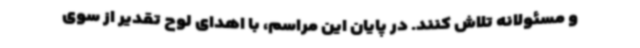
و مسئولانه تلاش کنند. در پایان این مراسم، با اهدای لوح تقدیر از سوی